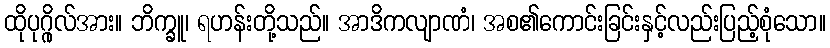
ထိုပုဂ္ဂိုလ်အား။ ဘိက္ခူ၊ ရဟန်းတို့သည်။ အာဒိကလျာဏံ၊ အစ၏ကောင်းခြင်းနှင့်လည်းပြည့်စုံသော။